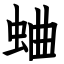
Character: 蛐